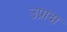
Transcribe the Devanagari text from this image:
उप्रादा